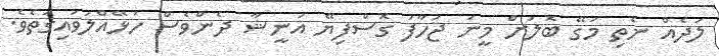
ލަދެއް ނެތި މަގޭ ބޮލަށް މީނަ ޖަހާފަ ގޮސްފިޔޭ އަނީޝާ ދެންވެސް ހަޅޭއްލަވައިގަތެވެ.